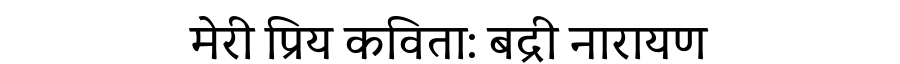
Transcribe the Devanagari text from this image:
मेरी प्रिय कविता: बद्री नारायण